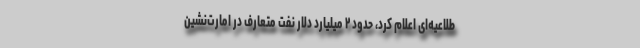
طلاعیه‌ای اعلام کرد، حدود ۲ میلیارد دلار نفت متعارف در امارت‌نشین